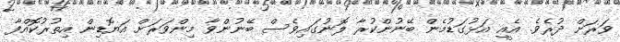
ވަރަށް ދުރެވެ. އެއީ އަޅުގަޑުމެން ބޭނުންކުރާ ލޮނުގައިވެސް ބޭނުންވާ މިންވަރަށް އަޔޮޑިން އިތުރުކޮއްފާ